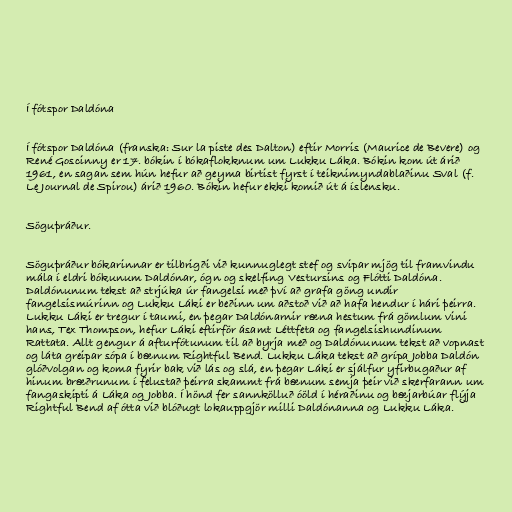
Í fótspor Daldóna

Í fótspor Daldóna (franska: Sur la piste des Dalton) eftir Morris (Maurice de Bevere) og
René Goscinny er 17. bókin í bókaflokknum um Lukku Láka. Bókin kom út árið
1961, en sagan sem hún hefur að geyma birtist fyrst í teiknimyndablaðinu Sval (f.
Le Journal de Spirou) árið 1960. Bókin hefur ekki komið út á íslensku.

Söguþráður.

Söguþráður bókarinnar er tilbrigði við kunnuglegt stef og svipar mjög til framvindu
mála í eldri bókunum Daldónar, ógn og skelfing Vestursins og Flótti Daldóna.
Daldónunum tekst að strjúka úr fangelsi með því að grafa göng undir
fangelsismúrinn og Lukku Láki er beðinn um aðstoð við að hafa hendur í hári þeirra.
Lukku Láki er tregur í taumi, en þegar Daldónarnir ræna hestum frá gömlum vini
hans, Tex Thompson, hefur Láki eftirför ásamt Léttfeta og fangelsishundinum
Rattata. Allt gengur á afturfótunum til að byrja með og Daldónunum tekst að vopnast
og láta greipar sópa í bænum Rightful Bend. Lukku Láka tekst að grípa Jobba Daldón
glóðvolgan og koma fyrir bak við lás og slá, en þegar Láki er sjálfur yfirbugaður af
hinum bræðrunum í felustað þeirra skammt frá bænum semja þeir við skerfarann um
fangaskipti á Láka og Jobba. Í hönd fer sannkölluð óöld í héraðinu og bæjarbúar flýja
Rightful Bend af ótta við blóðugt lokauppgjör milli Daldónanna og Lukku Láka.